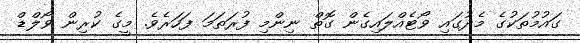
ގައުމުތަކުގެ މެދުގައި ވޯޓެއްލައިގެން ގޮތް ނިންމި ފުރަތަމަ ފަހަރެވެ. މީގެ ކުރިން ވޯލްޑް